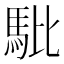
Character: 𲋳